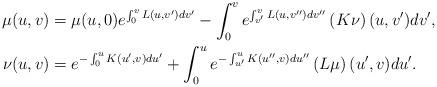
LaTeX: \begin{align*} \mu(u,v)&=\mu(u,0)e^{\int_0^vL(u,v')dv'}-\int_0^ve^{\int_{v'}^vL(u,v'')dv''}\left(K\nu\right)(u,v')dv',\\ \nu(u,v)&=e^{-\int_0^uK(u',v)du'}+\int_0^ue^{-\int_{u'}^uK(u'',v)du''}\left(L\mu\right)(u',v)du'.\end{align*}